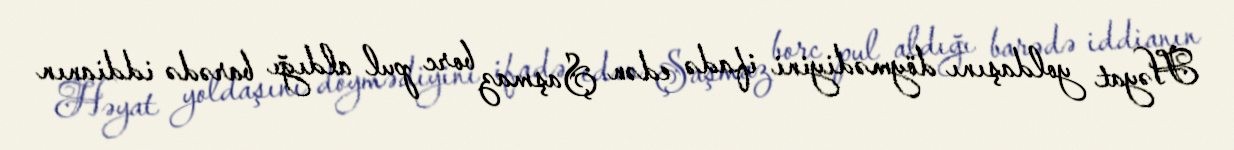
Həyat yoldaşını döymədiyini ifadə edən Şaşmaz borc pul aldığı barədə iddianın